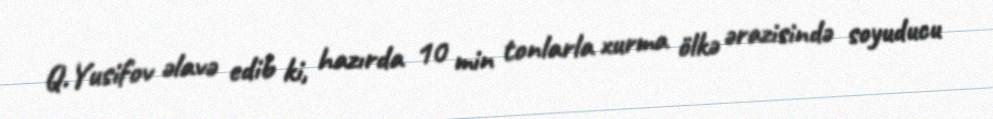
Q.Yusifov əlavə edib ki, hazırda 10 min tonlarla xurma ölkə ərazisində soyuducu